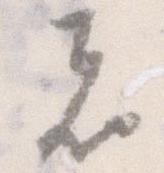
者